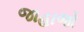
જાહાજો